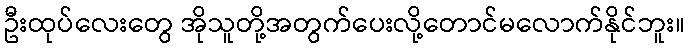
ဦးထုပ်လေးတွေ အိုသူတို့အတွက်ပေးလို့တောင်မလောက်နိုင်ဘူး။